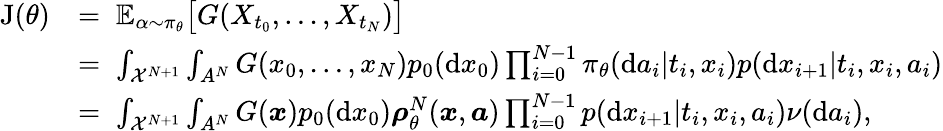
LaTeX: \begin{array}{rl}{\mathrm{J}(\theta)}&{=\; \mathbb{E}_{\alpha\sim\pi_{\theta}}\big[G(X_{t_{0}},\ldots,X_{t_{N}})\big]}\\ &{=\; \int_{{\cal X}^{N+1}}\int_{A^{N}}G(x_{0},\ldots,x_{N})p_{0}(\mathrm{d}x_{0})\prod_{i=0}^{N-1}\pi_{\theta}(\mathrm{d}a_{i}|t_{i},x_{i})p(\mathrm{d}x_{i+1}|t_{i},x_{i},a_{i})}\\ &{=\; \int_{{\cal X}^{N+1}}\int_{A^{N}}G(\boldsymbol{x})p_{0}(\mathrm{d}x_{0})\boldsymbol{\rho}_{\theta}^{N}(\boldsymbol{x},\boldsymbol{a})\prod_{i=0}^{N-1}p(\mathrm{d}x_{i+1}|t_{i},x_{i},a_{i})\nu(\mathrm{d}a_{i}),}\end{array}